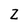
Character: Z